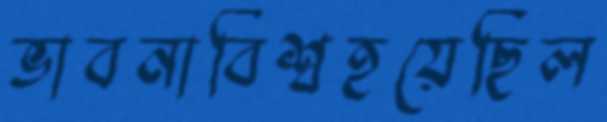
ভাবনাবিশ্বহয়েছিল